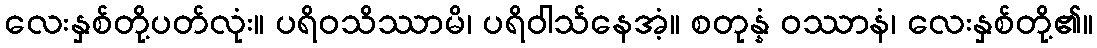
လေးနှစ်တို့ပတ်လုံး။ ပရိဝသိဿာမိ၊ ပရိဝါသ်နေအံ့။ စတုန္နံ ဝဿာနံ၊ လေးနှစ်တို့၏။